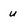
Character: u